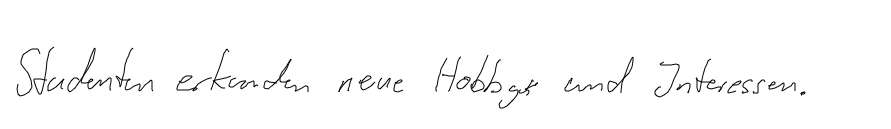
Studenten erkunden neue Hobbys und Interessen.